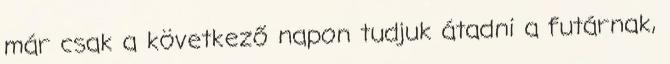
már csak a következő napon tudjuk átadni a futárnak,